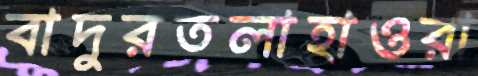
বাদুরতলাহাওরা